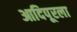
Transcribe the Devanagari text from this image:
आदिपूरला